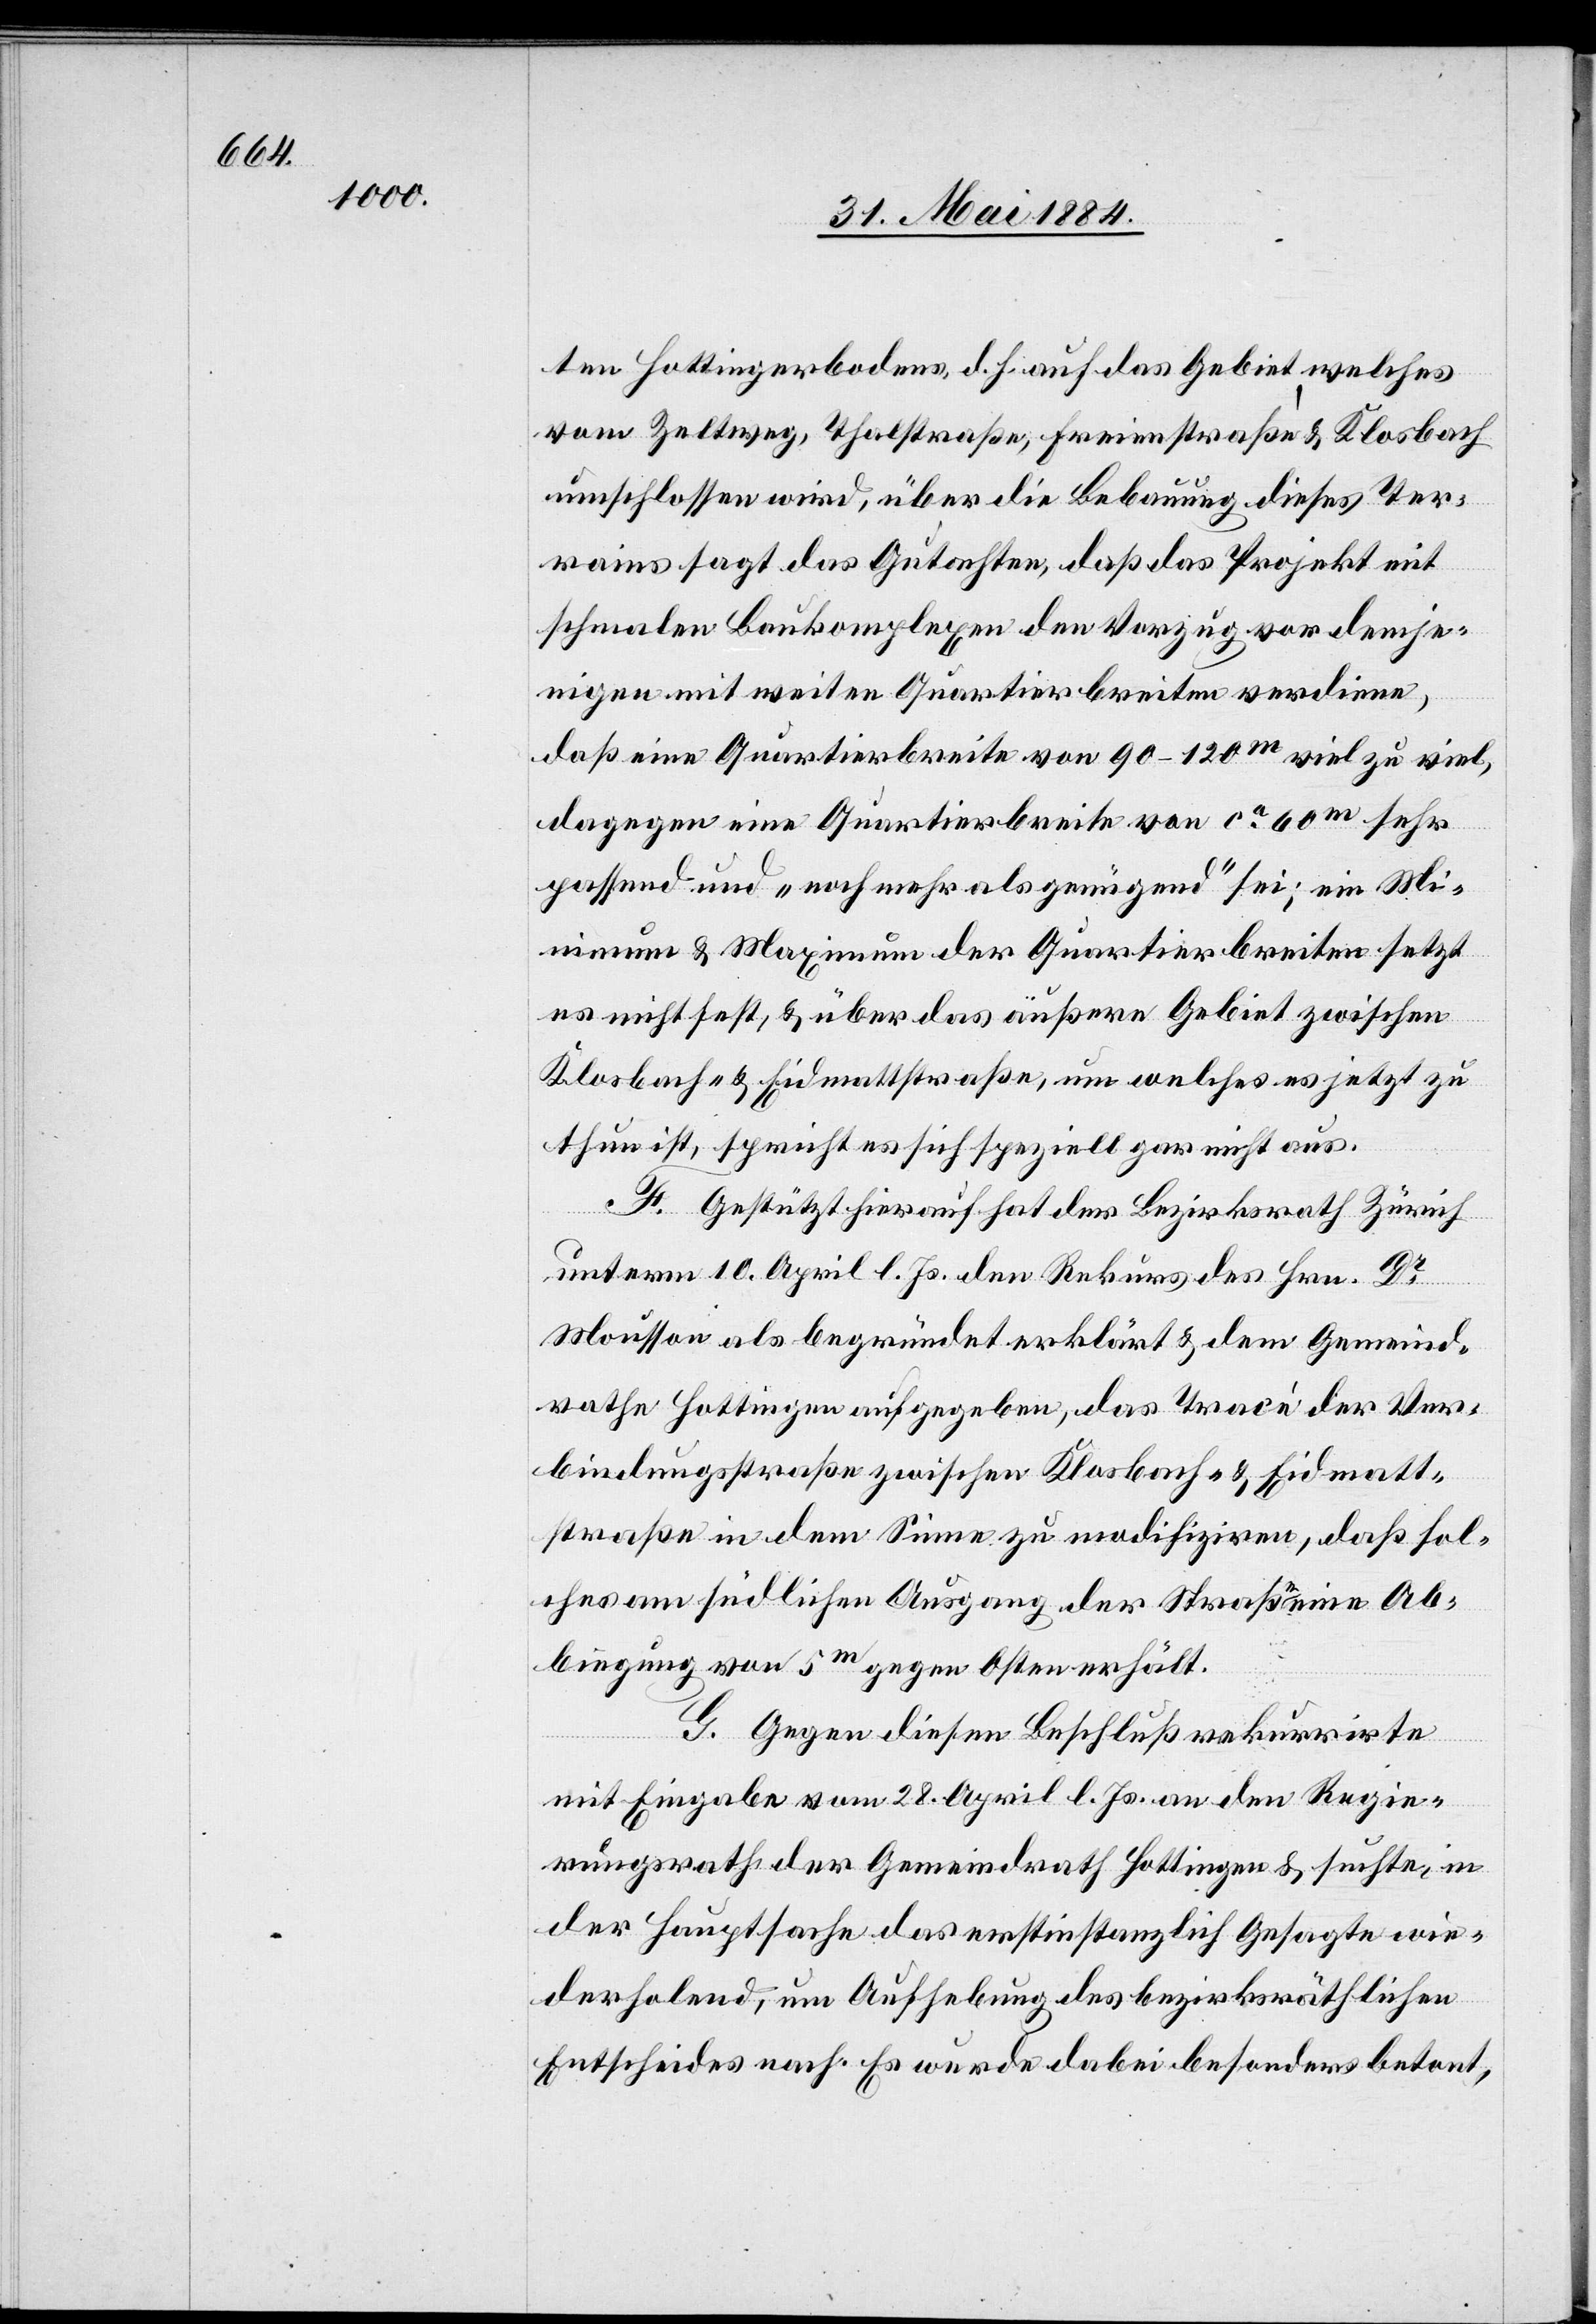
ten Hottingerbodens, d. h. auf das Gebiet, welches
vom Zeltweg, Thalstraße, Freienstraße & Klosbach
umschlossen wird, über die Bebauung dieses Ter¬
rains sagt das Gutachten, daß das Projekt mit
schmalen Baukomplexen den Vorzug vor demje¬
nigen mit weiten Quartierbreiten verdiene,
daß eine Quartierbreite von 90–120m viel zu viel,
dagegen eine Quartierbreite von ca 60m sehr
passend und „noch mehr als genügend“ sei; ein Mi¬
nimum & Maximum der Quartierbreiten setzt
es nicht fest, & über das äußere Gebiet zwischen
Klosbach- & Eidmattstraße, um welches es jetzt zu
thun ist, spricht es sich speziell gar nicht aus.
F. Gestützt hierauf hat der Bezirksrath Zürich
unterm 10 April l. Js. den Rekurs des Hrn. Dr
Mousson als begründet erklärt & dem Gemeind¬
rathe Hottingen aufgegeben, das Trace der Ver¬
bindungsstraße zwischen Klosbach- & Eidmatt¬
straße in dem Sinne zu modifiziren, daß sol¬
ches am südlichen Ausgang der Straße eine Ab¬
biegung von 5m gegen Osten erhält.
G. Gegen diesen Beschluß rekurrirte
mit Eingabe vom 28. April l. Js. an den Regie¬
rungsrath der Gemeindrath Hottingen & suchte, in
der Hauptsache das erstinstanzlich Gesagte wie¬
derholend, um Aufhebung des bezirksräthlichen
Entscheide nach. Es wurde dabei besonders betont,